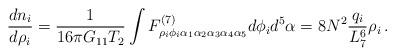
LaTeX: \begin{align*}\frac{dn_i}{d\rho_i}=\frac{1}{16\pi G_{11} T_2} \int F^{(7)}_{\rho_i \phi_i \alpha_1\alpha_2 \alpha_3 \alpha_4 \alpha_5 } d\phi_i d^5 \alpha =8N^{2}\frac{q_i}{L_7^6} \rho_i \,. \end{align*}